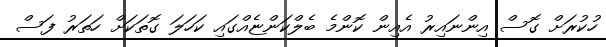
ހުކުރަށް ގޮސް އިންނައިރު އެއިން ކޮންމެ ބެލްކަންޏެއްގައި ކަހަލަ ގޮތަކަށް ހަތަރު ފަސް